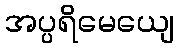
အပ္ပရိမေယျေ